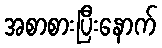
အစာစားပြီးနောက်